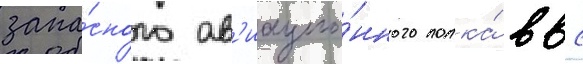
запа́сного ав'иацио́нного полка́ ввс